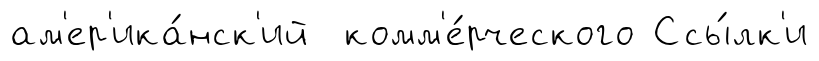
ам'ер'ика́нск'ий комм'е́рческого Ссы́лк'и